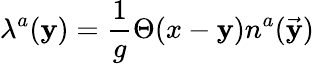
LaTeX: \lambda^{a}(\mathbf{y})={\frac{{1}}{{g}}}\Theta(x-\mathbf{y})n^{a}(\vec{{\mathbf{y}}})